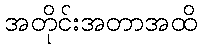
အတိုင်းအတာအထိ